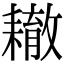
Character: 𦔞